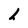
Character: h